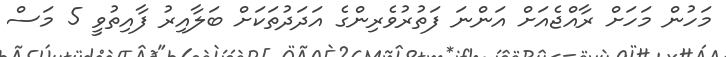
މަހުން މަހަށް ރާއްޖެއަށް އަންނަ ފަތުރުވެރިންގެ އަދަދުތަކަށް ބަލާއިރު ފާއިތުވީ 5 މަސް